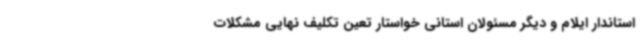
استاندار ایلام و دیگر مسئولان استانی خواستار تعین تکلیف نهایی مشکلات